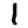
Digit: 1